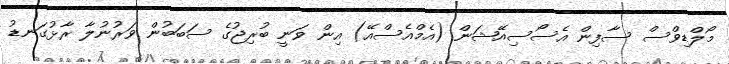
މޯލްޑިވްސް ސާފިން އެސޯސިއޭޝަން (އެމްއެސްއޭ) އިން ވަނީ ބުރިޖުގެ ސަބަބުން ވަރުނުލާ ރާޅުގަނޑު